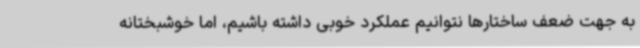
به جهت ضعف ساختارها نتوانیم عملکرد خوبی داشته باشیم، اما خوشبختانه